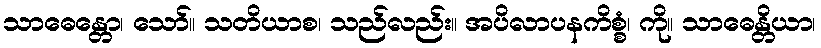
သာဓေန္တော၊ သော်။ သတိယာစ၊ သည်လည်း။ အပိလာပနကိစ္စံ၊ ကို။ သာဓေန္တိယာ၊